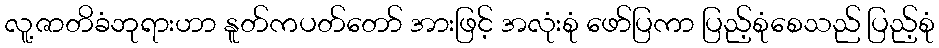
လူ့ဇာတိခံဘုရားဟာ နူတ်ကပတ်တော် အားဖြင့် အလုံးစုံ ဖော်ပြကာ ပြည့်စုံစေသည် ပြည့်စုံ